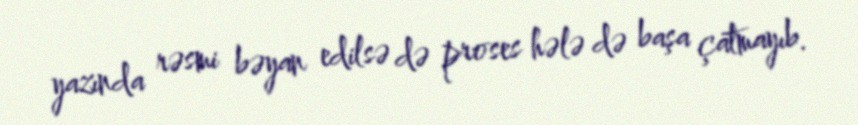
yazında rəsmi bəyan edilsə də proses hələ də başa çatmayıb.